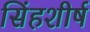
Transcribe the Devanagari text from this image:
सिंहशीर्ष